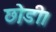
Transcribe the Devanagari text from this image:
छ़ोडी।